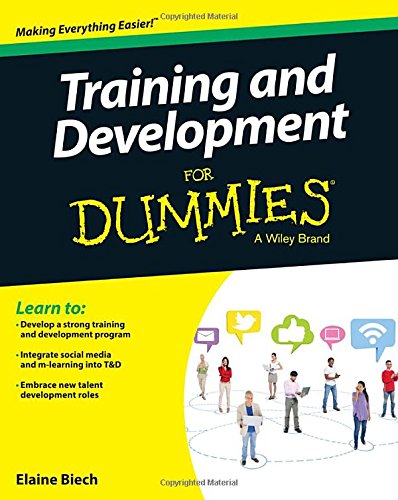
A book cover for Training and Development For Dummies; Elaine Biech; Business & Money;